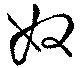
奴